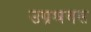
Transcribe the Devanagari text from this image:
उग्रश्रवस